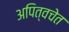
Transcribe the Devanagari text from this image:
अपित्वचेत